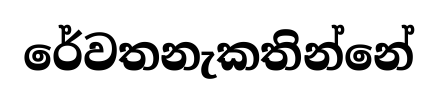
රේවතනැකතින්නේ